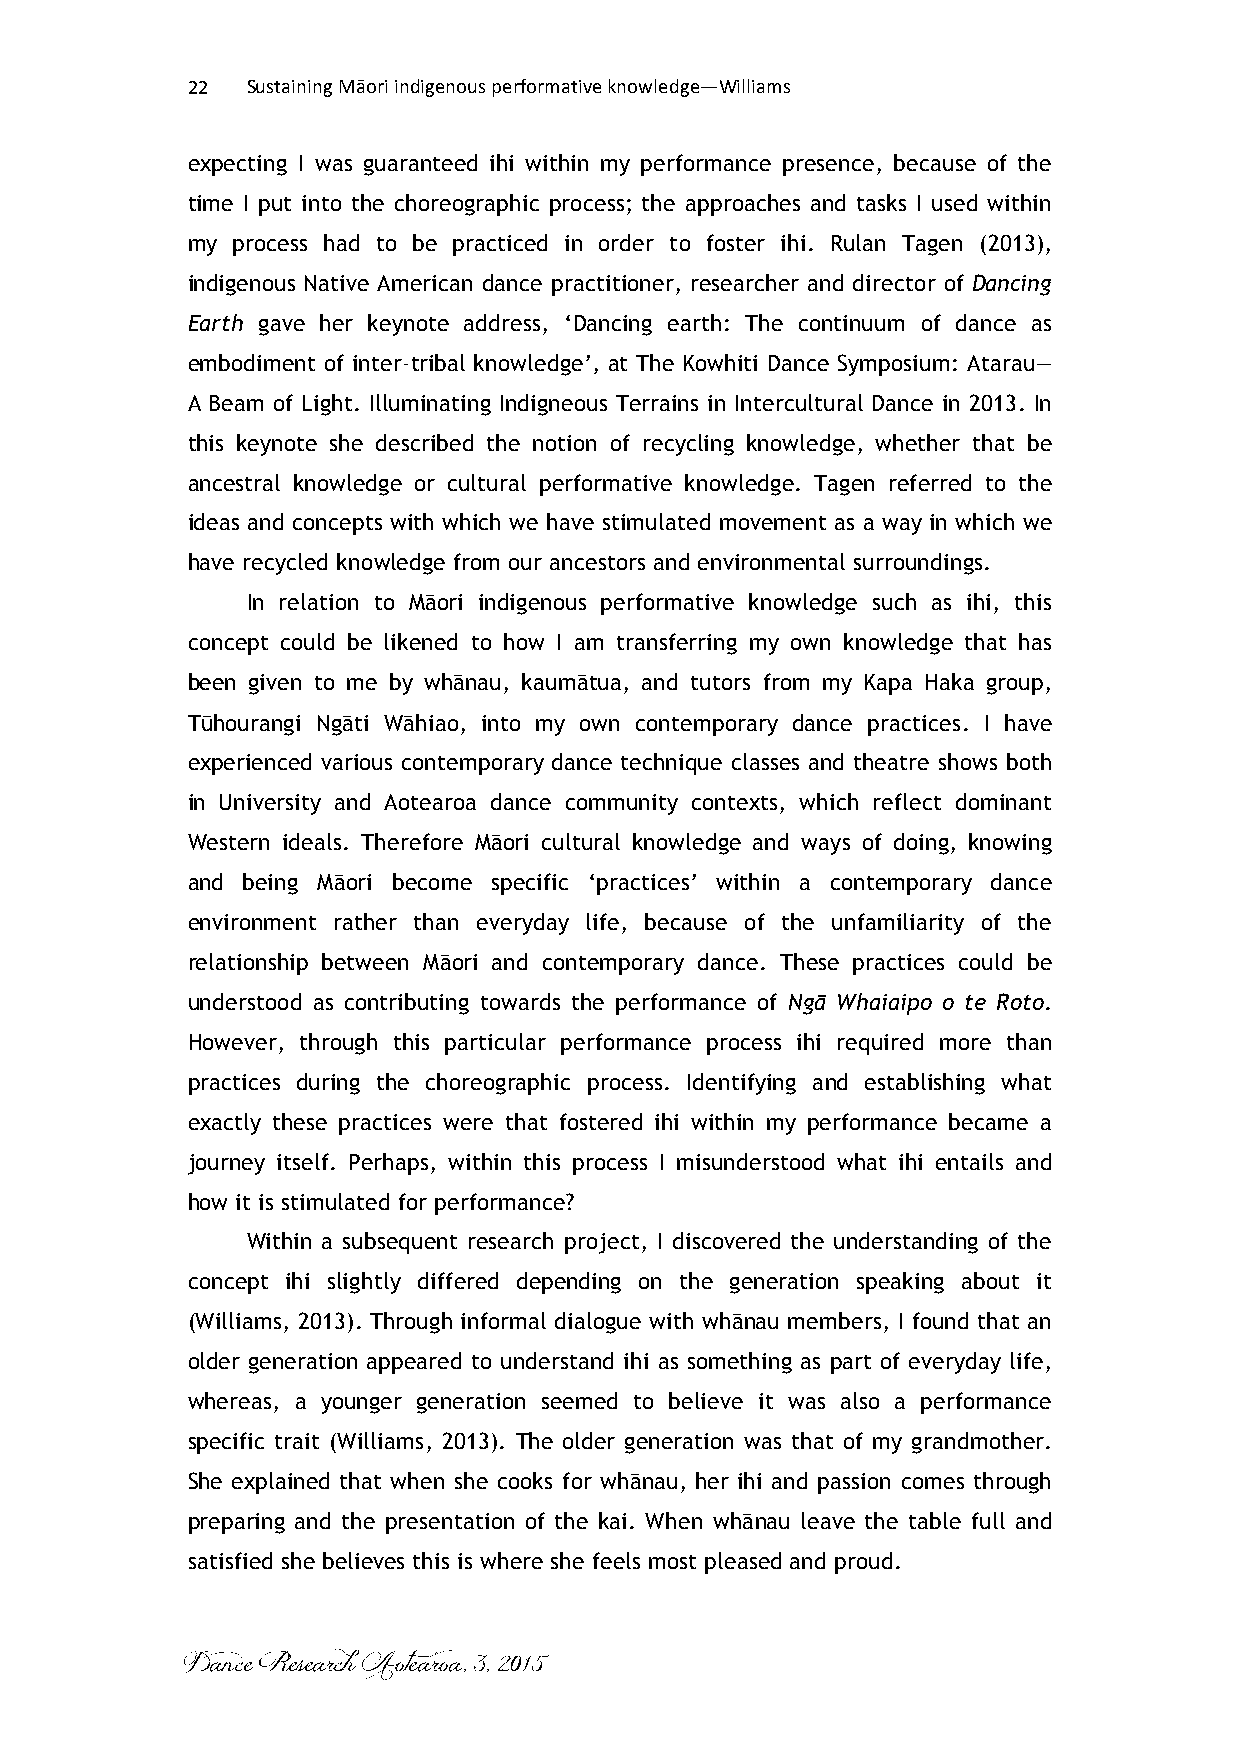
22  Sustaining Māori indigenous performative knowledge—Williams
 expecting I was guaranteed ihi within my performance presence, because of the
 time I put into the choreographic process; the approaches and tasks I used within
 my process had to be practiced in order to foster ihi. Rulan Tagen (2013),
 indigenous Native American dance practitioner, researcher and director of Dancing
 Earth gave her keynote address, ‘Dancing earth: The continuum of dance as
 embodiment of inter-tribal knowledge’, at The Kowhiti Dance Symposium: Atarau—
 A Beam of Light. Illuminating Indigneous Terrains in Intercultural Dance in 2013. In
 this keynote she described the notion of recycling knowledge, whether that be
 ancestral knowledge or cultural performative knowledge. Tagen referred to the
 ideas and concepts with which we have stimulated movement as a way in which we
 have recycled knowledge from our ancestors and environmental surroundings.
 In relation to Māori indigenous performative knowledge such as ihi, this
 concept could be likened to how I am transferring my own knowledge that has
 been given to me by whānau, kaumātua, and tutors from my Kapa Haka group,
 Tūhourangi Ngāti Wāhiao, into my own contemporary dance practices. I have
 experienced various contemporary dance technique classes and theatre shows both
 in University and Aotearoa dance community contexts, which reflect dominant
 Western ideals. Therefore Māori cultural knowledge and ways of doing, knowing
 and being Māori become specific ‘practices’ within a contemporary dance
 environment rather than everyday life, because of the unfamiliarity of the
 relationship between Māori and contemporary dance. These practices could be
 understood as contributing towards the performance of Ngā Whaiaipo o te Roto.
 However, through this particular performance process ihi required more than
 practices during the choreographic process. Identifying and establishing what
 exactly these practices were that fostered ihi within my performance became a
 journey itself. Perhaps, within this process I misunderstood what ihi entails and
 how it is stimulated for performance?
 Within a subsequent research project, I discovered the understanding of the
 concept ihi slightly differed depending on the generation speaking about it
 (Williams, 2013). Through informal dialogue with whānau members, I found that an
 older generation appeared to understand ihi as something as part of everyday life,
 whereas, a younger generation seemed to believe it was also a performance
 specific trait (Williams, 2013). The older generation was that of my grandmother.
 She explained that when she cooks for whānau, her ihi and passion comes through
 preparing and the presentation of the kai. When whānau leave the table full and
 satisfied she believes this is where she feels most pleased and proud.
 Dance Research Aotearoa, 3, 2015